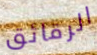
الرقائق